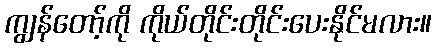
ကျွန်တော့်ကို ကိုယ်တိုင်းတိုင်းပေးနိုင်မလား။